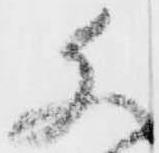
文